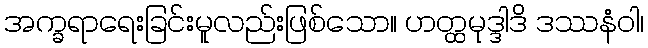
အက္ခရာရေးခြင်းမူလည်းဖြစ်သော။ ဟတ္ထမုဒ္ဒါဒိ ဒဿနံဝါ၊